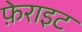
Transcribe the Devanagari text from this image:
फ़ेराइट